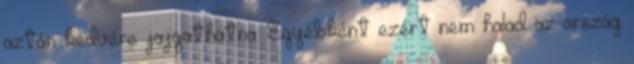
aztán kedvére jajgathatna. Egyébként ezért nem halad az ország